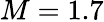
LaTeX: M=1.7